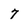
Character: 7